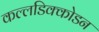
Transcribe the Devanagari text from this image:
कल्लडिक्कोडन